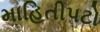
માહિતીપટો